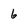
Character: 6